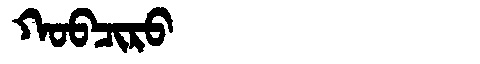
Manchu: ᡴᠣᠪᠴᡳᡵᠣ
Romanization: KOBCIRO